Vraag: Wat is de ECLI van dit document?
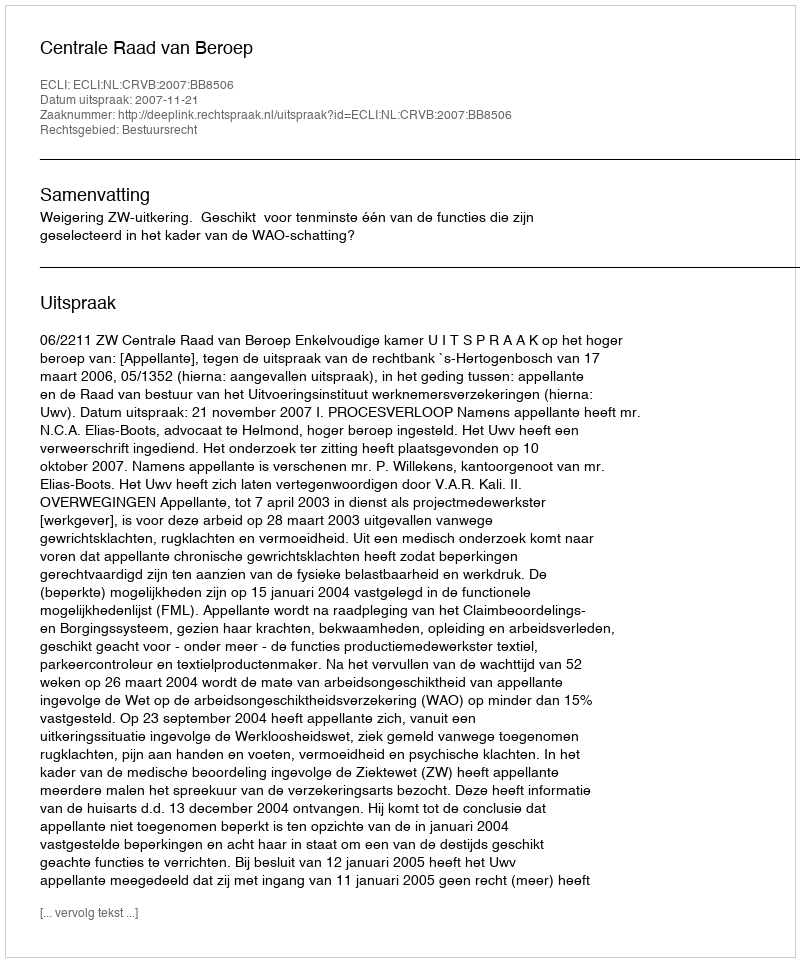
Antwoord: ECLI:NL:CRVB:2007:BB8506